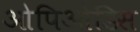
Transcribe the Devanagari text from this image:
ओपिओडिस